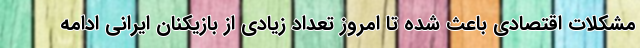
مشکلات اقتصادی باعث شده تا امروز تعداد زیادی از بازیکنان ایرانی ادامه